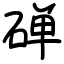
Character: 䃅